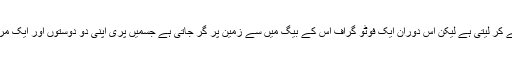
وہ مقابلہ تو کامیابی سے کر لیتی ہے لیکن اس دوران ایک فوٹو گراف اس کے بیگ میں سے زمین پر گر جاتی ہے جسمیں پری اپنی دو دوستوں اور ایک مرد کے ساتھ کھڑی ہے۔